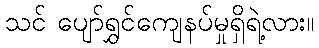
သင် ပျော်ရွှင်ကျေနပ်မှုရှိရဲ့လား။